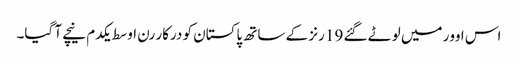
اس اوور میں لوٹے گئے 19 رنز کے ساتھ پاکستان کو درکار رن اوسط یکدم نیچے آ گیا۔